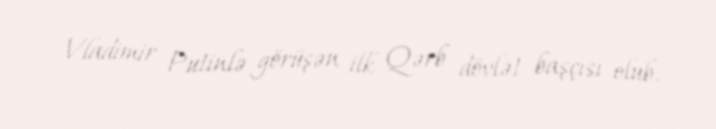
Vladimir Putinlə görüşən ilk Qərb dövlət başçısı olub.